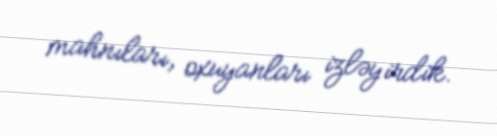
mahnıları, oxuyanları izləyirdik.